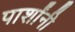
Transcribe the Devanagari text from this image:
पार्शांनी